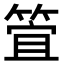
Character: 𮅞